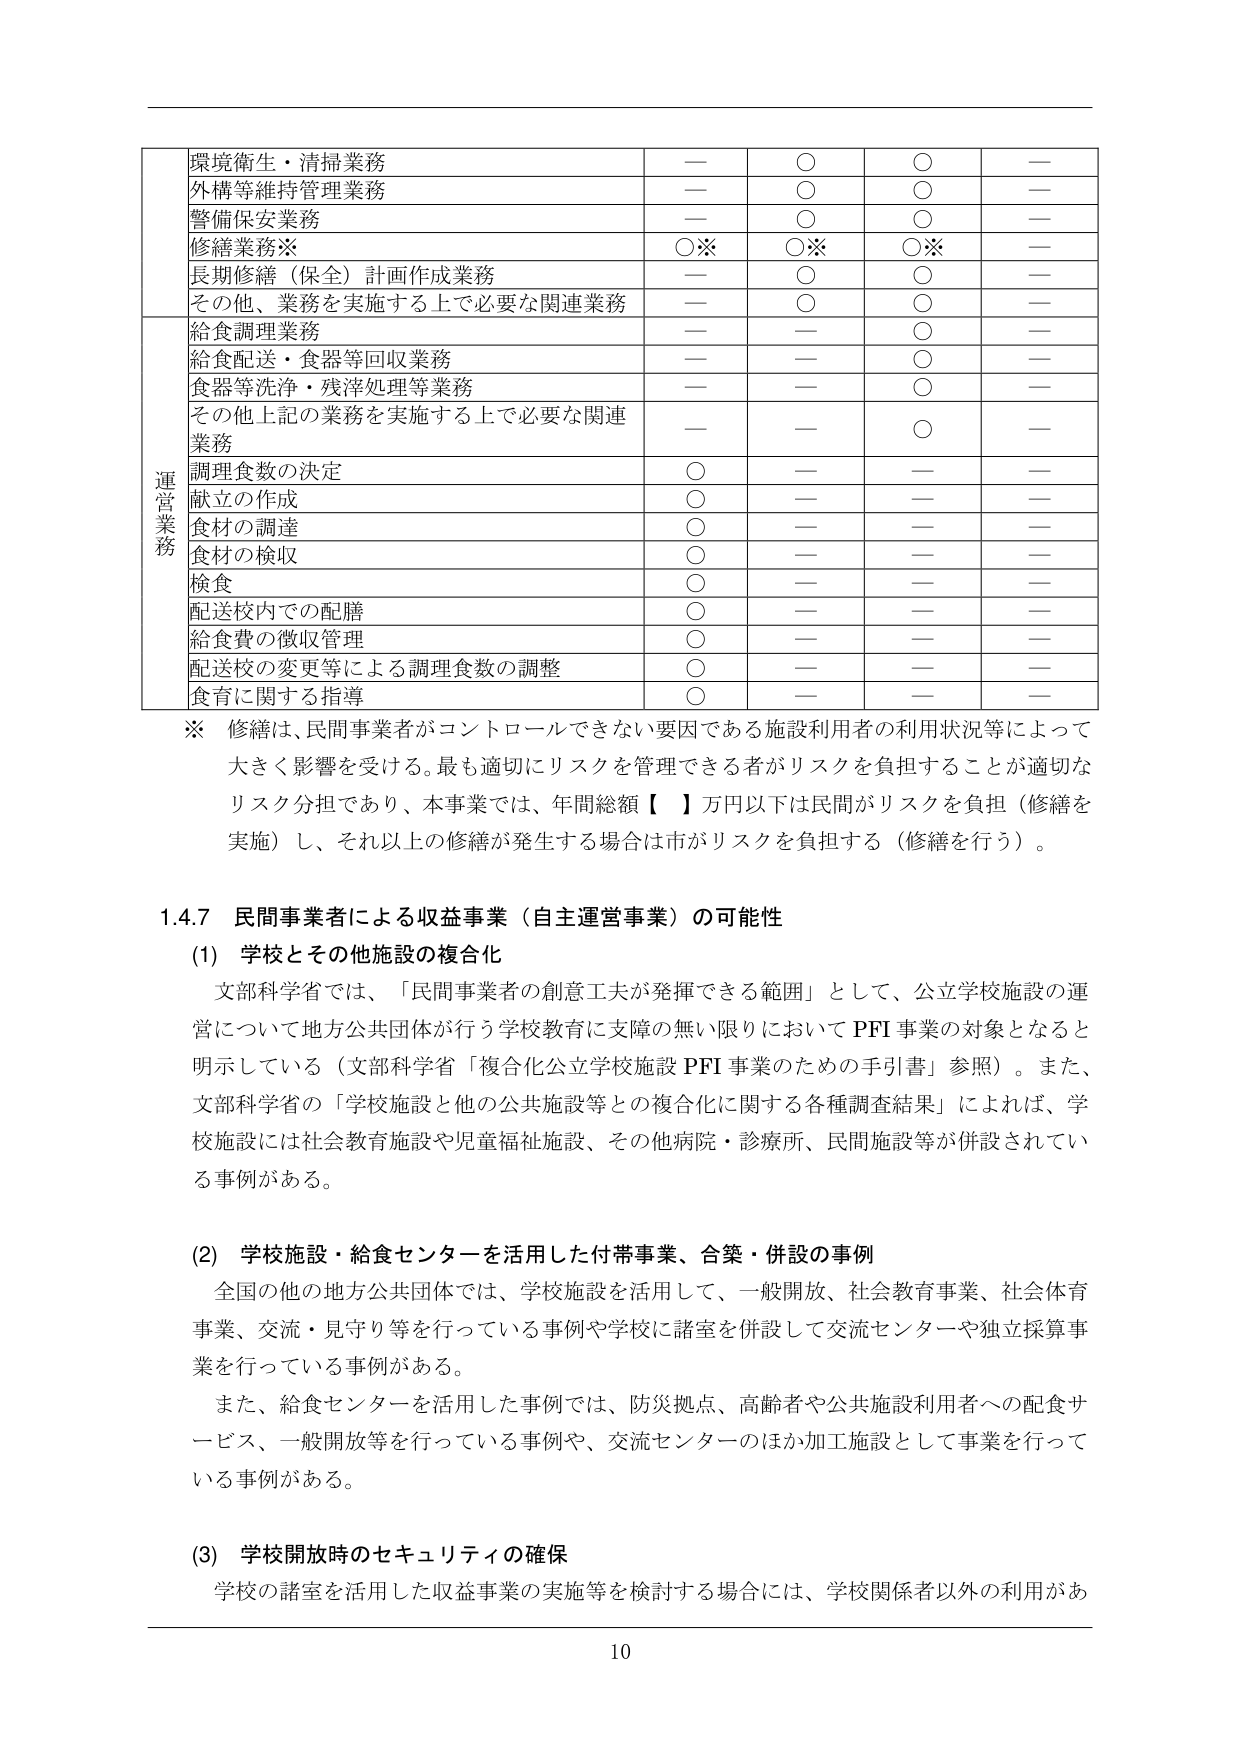
環境衛生・清掃業務
外構等維持管理業務
警備保安業務
修繕業務※
長期修繕（保全）計画作成業務
その他、業務を実施する上で必要な関連業務
給食調理業務
給食配送・食器等回収業務
食器等洗浄・残滓処理等業務
その他上記の業務を実施する上で必要な関連業務
調理食数の決定
献立の作成
食材の調達
食材の検収
検食
配送校内での配膳
給食費の徴収管理
配送校の変更等による調理食数の調整
食育に関する指導
※ 修繕は、民間事業者がコントロールできない要因である施設利用者の利用状況等によって大きく影響を受ける。最も適切にリスクを管理できる者がリスクを負担することが適切なリスク分担であり、本事業では、年間総額【 】万円以下は民間がリスクを負担（修繕を実施）し、それ以上の修繕が発生する場合は市がリスクを負担する（修繕を行う）。

1.4.7 民間事業者による収益事業（自主運営事業）の可能性
(1) 学校とその他施設の複合化
文部科学省では、「民間事業者の創意工夫が発揮できる範囲」として、公立学校施設の運営について地方公共団体が行う学校教育に支障の無い限りにおいてPFI事業の対象となると明示している（文部科学省「複合化公立学校施設PFI事業のための手引書」参照）。また、文部科学省の「学校施設と他の公共施設等との複合化に関する各種調査結果」によれば、学校施設には社会教育施設や児童福祉施設、その他病院・診療所、民間施設等が併設されている事例がある。

(2) 学校施設・給食センターを活用した付帯事業、合築・併設の事例
全国の他の地方公共団体では、学校施設を活用して、一般開放、社会教育事業、社会体育事業、交流・見守り等を行っている事例や学校に諸室を併設して交流センターや独立採算事業を行っている事例がある。
また、給食センターを活用した事例では、防災拠点、高齢者や公共施設利用者への配食サービス、一般開放等を行っている事例や、交流センターのほか加工施設として事業を行っている事例がある。

(3) 学校開放時のセキュリティの確保
学校の諸室を活用した収益事業の実施等を検討する場合には、学校関係者以外の利用があ

10